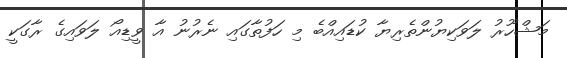
މަޝްހޫރު ލަވަކިޔުންތެރިޔާ ކުޑައިއްބެ މި ހަފުތާގައި ނެރުނު އާ ވީޑިއޯ ލަވައިގެ ރާގަކީ